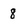
Character: 8